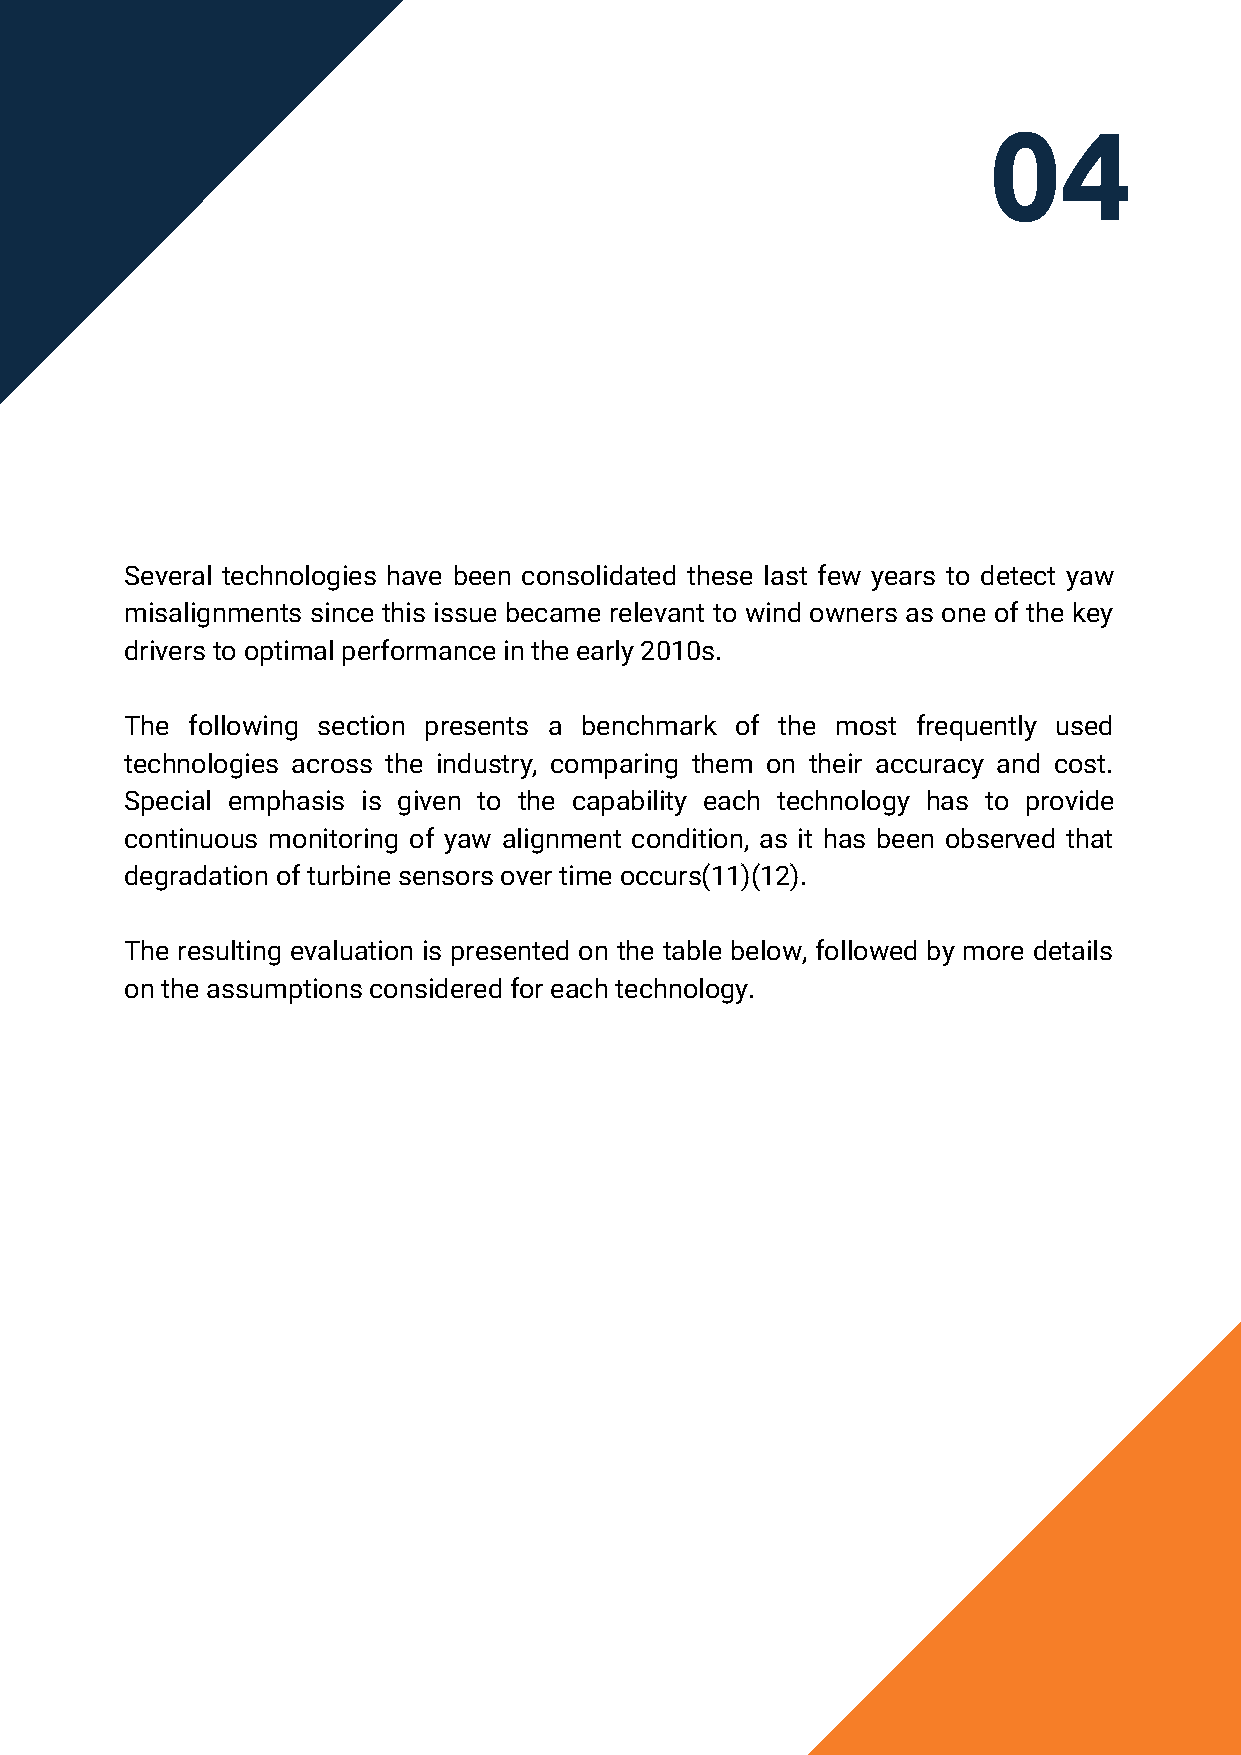
04
 Several technologies have been consolidated these last few years to detect yaw
 misalignments since this issue became relevant to wind owners as one of the key
 drivers to optimal performance in the early 2010s.
 The following section presents a benchmark of the most frequently used
 technologies across the industry, comparing them on their accuracy and cost.
 Special emphasis is given to the capability each technology has to provide
 continuous monitoring of yaw alignment condition, as it has been observed that
 degradation of turbine sensors over time occurs(11)(12).
 The resulting evaluation is presented on the table below, followed by more details
 on the assumptions considered for each technology.